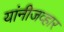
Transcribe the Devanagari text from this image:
यांनीजव्हार